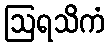
ဩရသိကံ